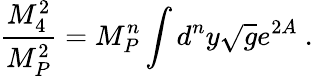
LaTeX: \frac{M_{4}^{2}}{M_{P}^{2}}=M_{P}^{n}\int d^{n}y\sqrt{g}e^{2A}\ .